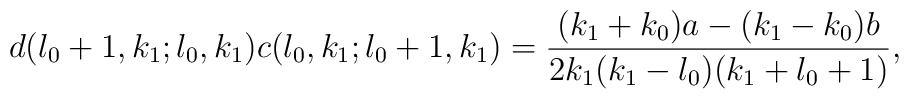
d(l_{0}+1,k_{1};l_{0},k_{1}) c(l_{0},k_{1};l_{0}+1,k_{1}) =\frac{(k_{1}+k_{0})a-(k_{1}-k_{0})b}{2k_{1}(k_{1}-l_{0})(k_{1}+l_{0}+1)},